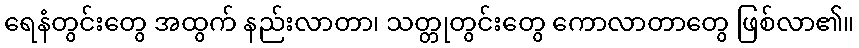
ရေနံတွင်းတွေ အထွက် နည်းလာတာ၊ သတ္တုတွင်းတွေ ကောလာတာတွေ ဖြစ်လာ၏။